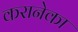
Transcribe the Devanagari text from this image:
करानेका